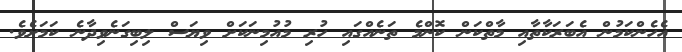
އެހެންކަމުން އެބަރަކާތާއި މާތްކަން ކޮންމެ ތަނެއްގައި ހުރި މުއުމިނަކަށް ވިޔަސް ލިބިގަނެވިިދާނެ ކަމަށެވެ.